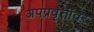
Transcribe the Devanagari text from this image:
अपप्रवृत्तींवर